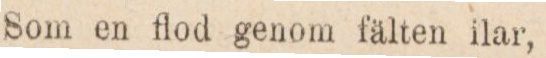
Som en flod genom fälten ilar,